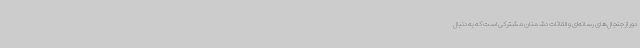
دور از جنجال‌های رسانه‌ای و القائات دشمنان مشترکی است که به دنبال